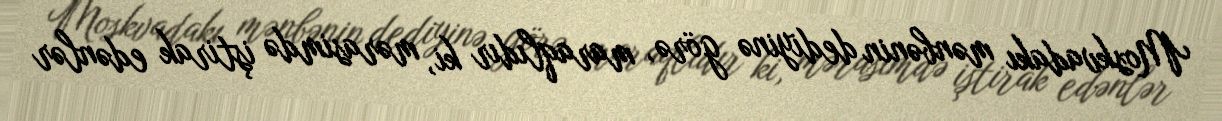
Moskvadakı mənbənin dediyinə görə, maraqlıdır ki, mərasimdə iştirak edənlər